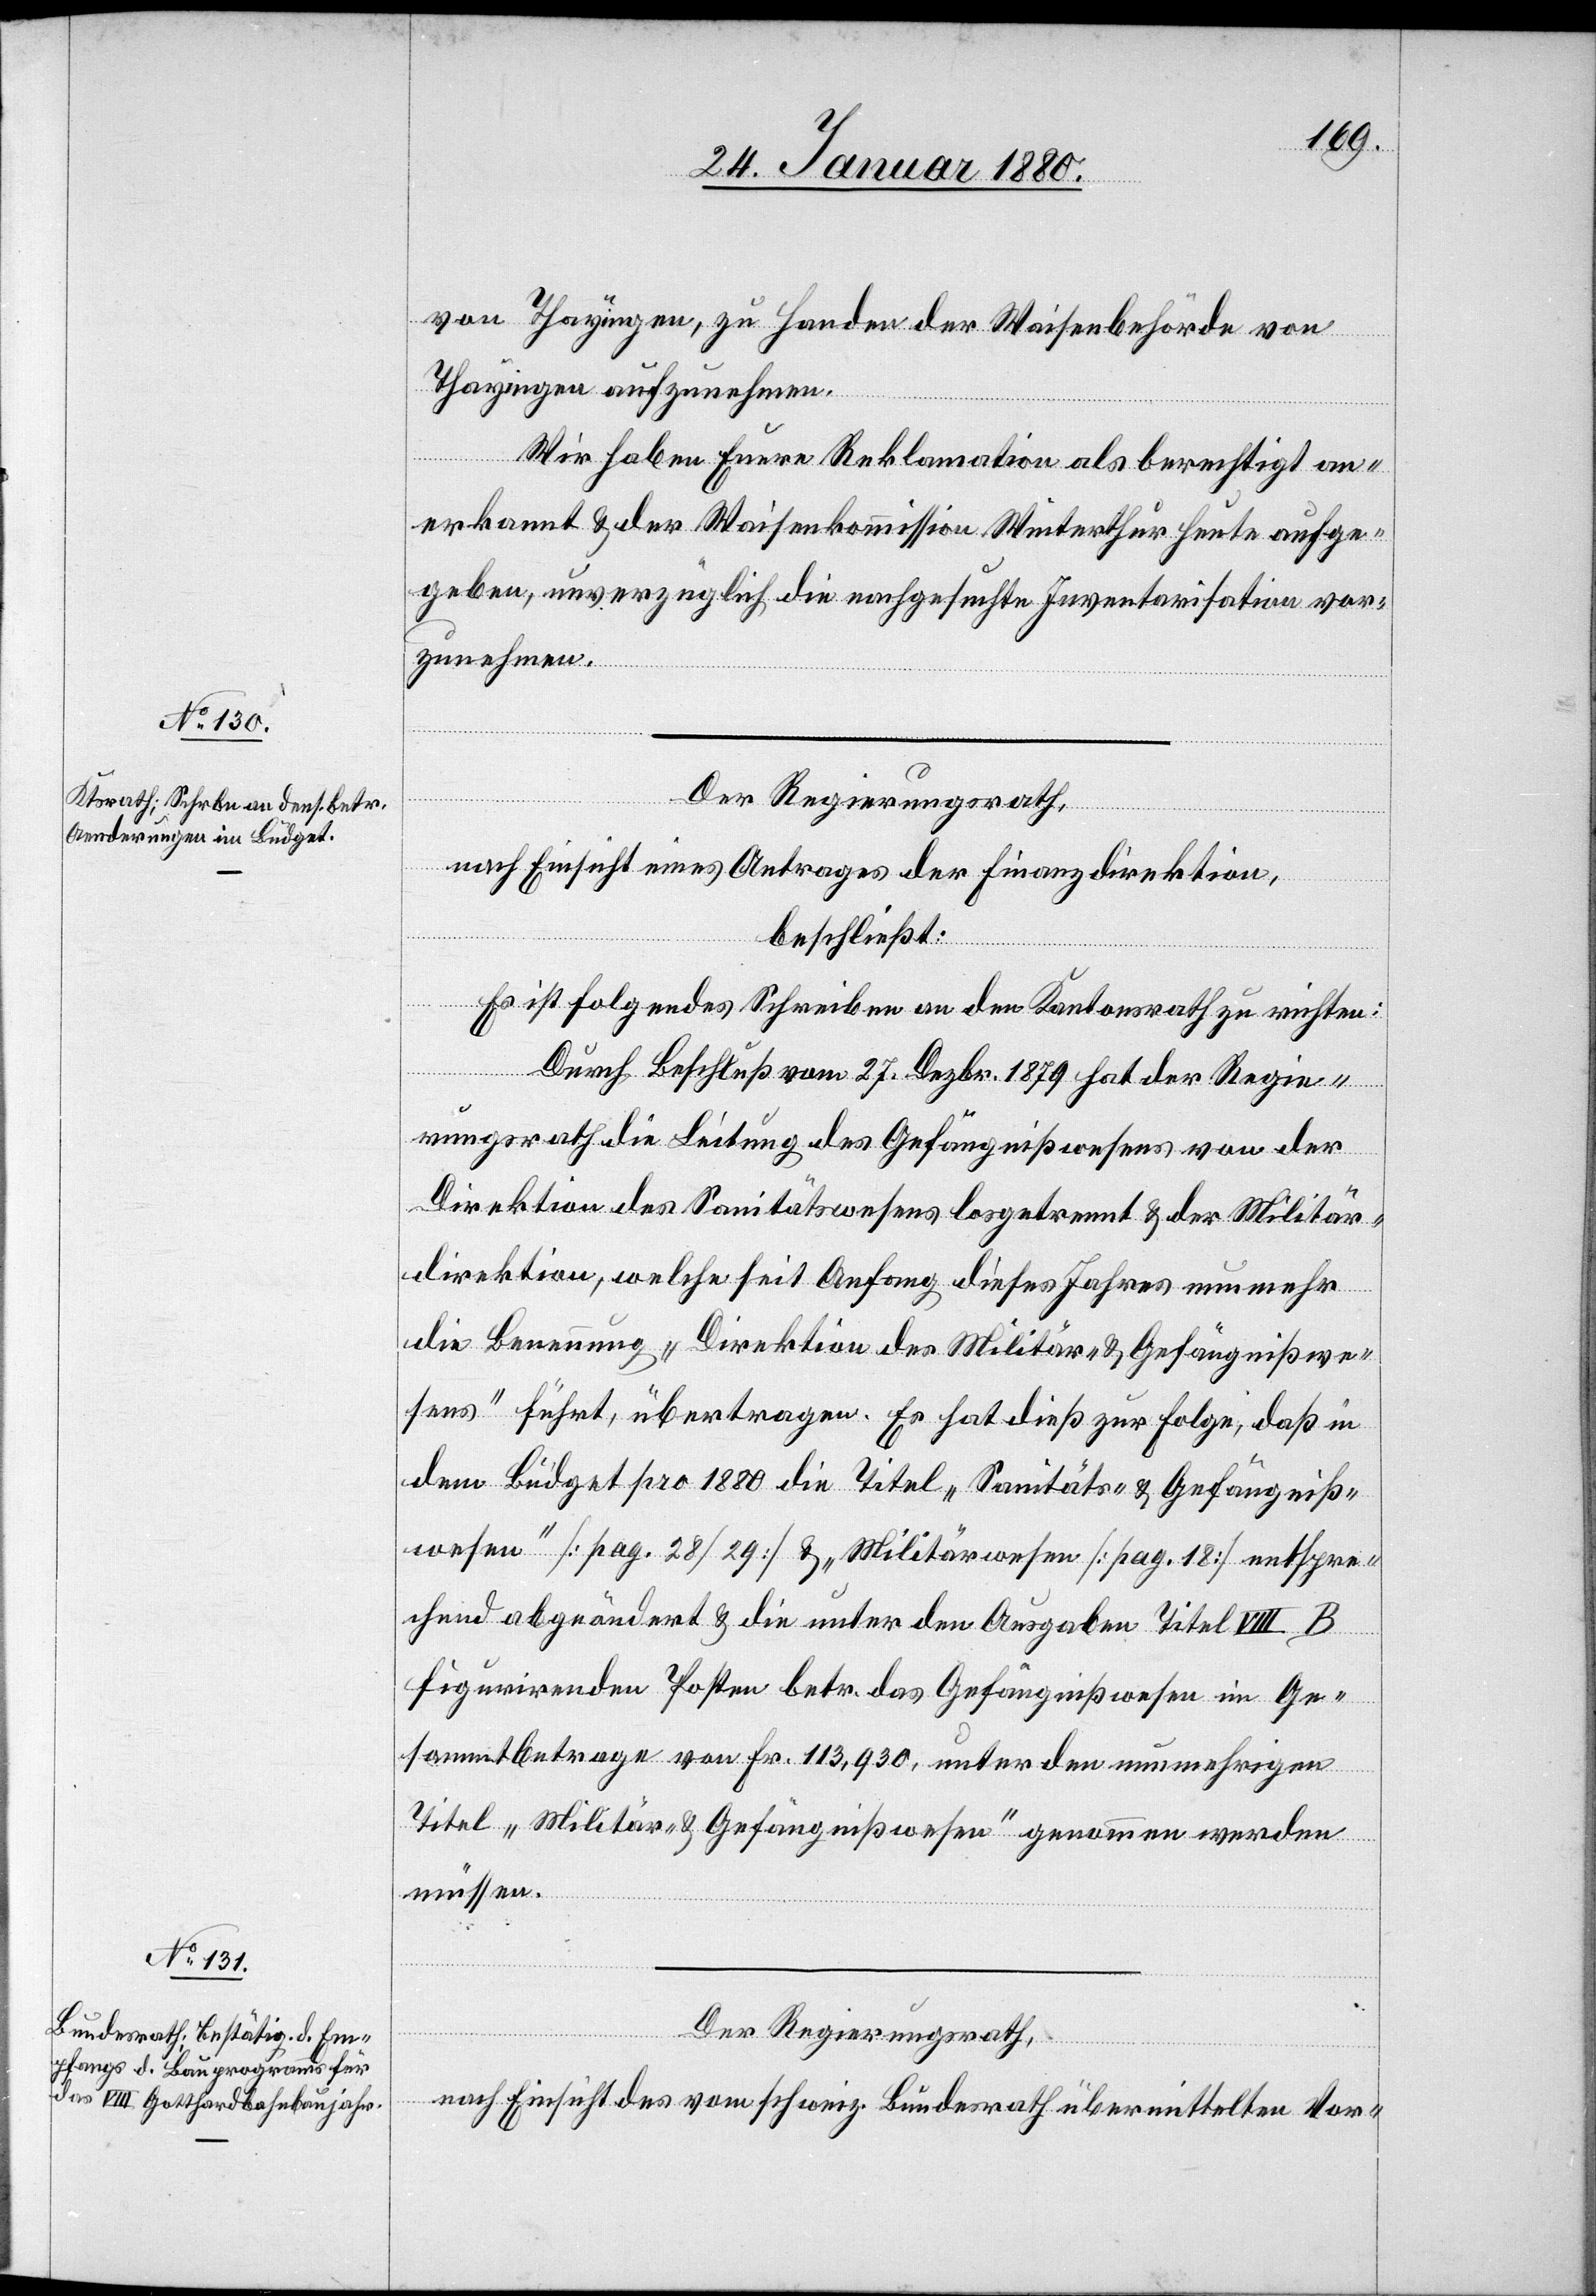
von Thayingen, zu Handen der Waisenbehörde von
Thayingen aufzunehmen.
Wir haben Eure Reklamation als berechtigt an¬
erkannt & der Waisenkommission Winterthur heute aufge¬
geben, unverzüglich die nachgesuchte Inventarisation vor¬
zunehmen.
Der Regierungsrath,
nach Einsicht eines Antrages der Finanzdirektion,
beschließt:
Es ist folgendes Schreiben an den Kantonsrath zu richten:
Durch Beschluß vom 27. Dezbr. 1879 hat der Regie¬
rungsrath die Leitung des Gefängnißwesens von der
Direktion des Sanitätswesens losgetrennt & der Militär¬
direktion, welche seit Anfang dieses Jahres nunmehr
die Benennung „Direktion des Militär- & Gefängnißwe¬
sens“ führt, übertragen. Es hat dieß zur Folge, daß in
dem Büdget pro 1880 die Titel „Sanitäts- & Gefängniß¬
wesen“ [pag. 28/29] & „Militärwesen“ [pag. 18] entspre¬
chend abgeändert & die unter den Ausgaben Titel VIII. B
figurirenden Posten betr. das Gefängnißwesen im Ge¬
sammtbetrage von Fr. 113, 930, unter den nunmehrigen
Titel „Militär- & Gefängnißwesen“ genommen werden
müssen.